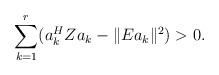
LaTeX: \begin{align*}\sum_{k=1}^r (a_k^HZa_k - \|Ea_k\|^2) > 0.\end{align*}